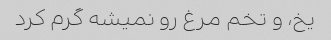
یخ، و تخم مرغ رو نمیشه گرم کرد